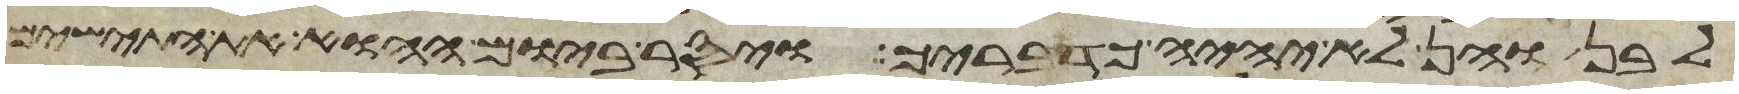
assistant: לבן והן לא יהיה כדבריך ויסר ביום ההוא את התישים